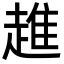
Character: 趡